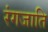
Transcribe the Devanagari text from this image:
रंगजाति